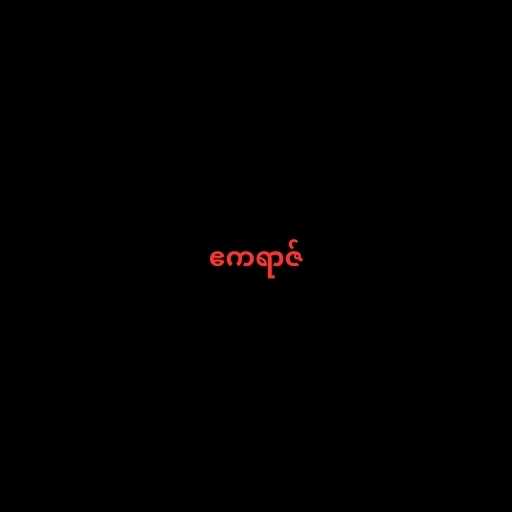
ဧကရာဇ်